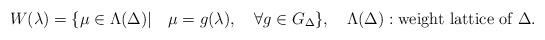
\begin{align*}W({\lambda})=\{\mu\in\Lambda(\Delta)|\quad \mu=g(\lambda),\quad \forall g\in G_{\Delta}\}, \quad \Lambda(\Delta):\mbox{weight lattice of}\ \Delta.\end{align*}